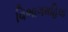
વિભાગમહિલા